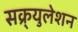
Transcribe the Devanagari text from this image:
सक्र्युलेशन